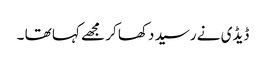
ڈیڈی نے رسید دکھا کر مجھے کہا تھا ۔